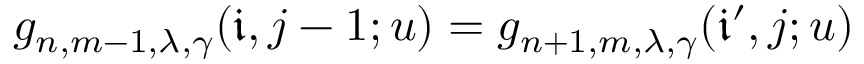
g _ { n , m - 1 , \lambda , \gamma } ( \mathfrak { i } , j - 1 ; u ) = g _ { n + 1 , m , \lambda , \gamma } ( \mathfrak { i } ^ { \prime } , j ; u )